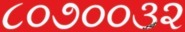
૮૦૭૦૦૩૨